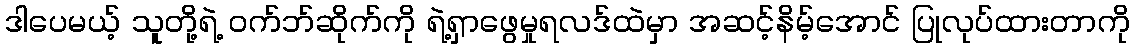
ဒါပေမယ့် သူတို့ရဲ့ ဝက်ဘ်ဆိုက်ကို ရဲ့ရှာဖွေမှုရလဒ်ထဲမှာ အဆင့်နိမ့်အောင် ပြုလုပ်ထားတာကို